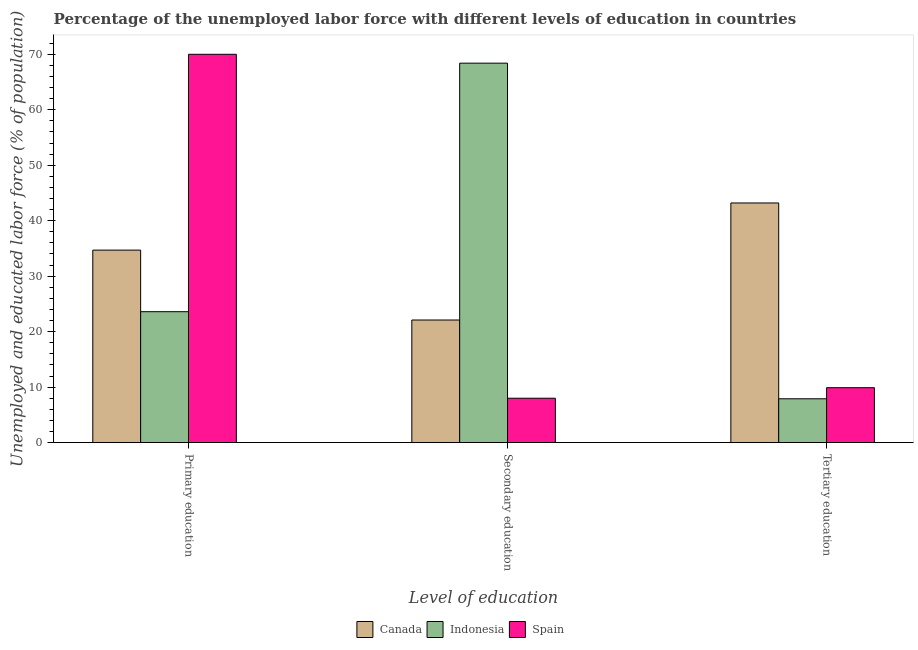
| Level of education | Canada | Indonesia | Spain |
 | --- | --- | --- | --- |
 | Primary education | 34.7 | 23.6 | 70 |
 | Secondary education | 22.1 | 68.4 | 8 |
 | Tertiary education | 43.2 | 7.9 | 9.9 |